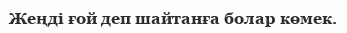
Жеңді ғой деп шайтанға болар көмек.